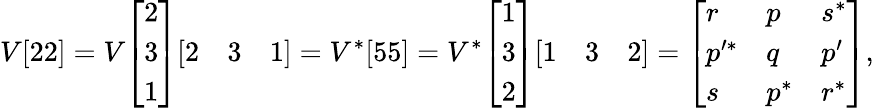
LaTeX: V[22]=V{\left[\begin{array}{l}{2}\\ {3}\\ {1}\end{array}\right]}{\left[\begin{array}{lll}{2}&{3}&{1}\end{array}\right]}=V^{*}[55]=V^{*}{\left[\begin{array}{l}{1}\\ {3}\\ {2}\end{array}\right]}{\left[\begin{array}{lll}{1}&{3}&{2}\end{array}\right]}={\left[\begin{array}{lll}{r}&{p}&{s^{*}}\\ {p^{\prime*}}&{q}&{p^{\prime}}\\ {s}&{p^{*}}&{r^{*}}\end{array}\right]},